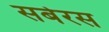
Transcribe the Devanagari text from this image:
सर्बेरस